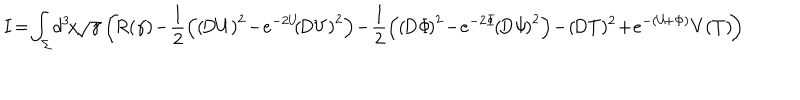
LaTeX: \! \! \! \! I \! = \! \int _ { \Sigma } \! d ^ { 3 } \! x \! \sqrt { \gamma } \left( \! R ( \gamma ) \! - \! { \frac { 1 } { 2 } } \! \left( \left( \! D U \right) ^ { 2 } \! - \! e ^ { - 2 U } \! \! \left( \! D V \right) ^ { 2 } \right) \! - \! { \frac { 1 } { 2 } } \! \left( \left( \! D \Phi \! \right) ^ { 2 } \! - \! e ^ { - 2 \Phi } \! \left( \! D \Psi \! \right) ^ { 2 } \right) \! - \! \left( \! D T \right) \! ^ { 2 } \! + \! e ^ { - ( U \! + \Phi ) } V ( T ) \! \right)